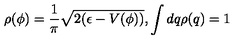
\rho ( \phi ) = \frac { 1 } { \pi } \sqrt { 2 ( \epsilon - V ( \phi ) ) } , \int d q \rho ( q ) = 1